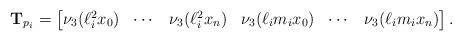
LaTeX: \begin{align*} \mathbf{T}_{p_i} = \begin{bmatrix} \nu_3(\ell_i^2 x_0) & \cdots & \nu_3(\ell_i^2 x_n) & \nu_3(\ell_i m_i x_0) & \cdots & \nu_3(\ell_i m_i x_n) \end{bmatrix}.\end{align*}